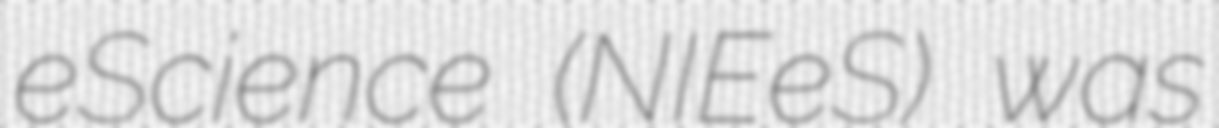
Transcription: eScience (NIEeS) was